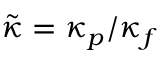
{ \tilde { \kappa } } = \kappa _ { p } / \kappa _ { f }